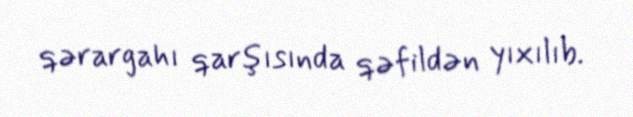
qərargahı qarşısında qəfildən yıxılıb.